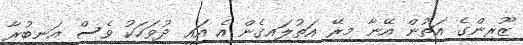
ޒޫރިންގެ އަތުން އޭނާ މިރޭ އަތުލައިގެން އެ އައީ ދުވަހަކު ވެސް އަނބުރާ